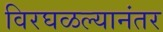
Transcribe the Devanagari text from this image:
विरघळल्यानंतर